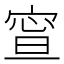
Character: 𡩉